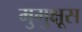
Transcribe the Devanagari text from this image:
मुमुक्षूस